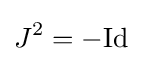
J^{2}=-{\text{Id}}